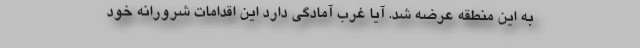
به این منطقه عرضه شد. آیا غرب آمادگی دارد این اقدامات شرورانه خود